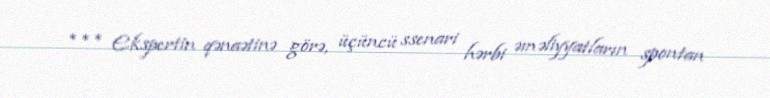
*** Ekspertin qənaətinə görə, üçüncü ssenari hərbi əməliyyatların spontan